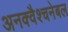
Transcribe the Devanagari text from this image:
अनक्वैश्चनेबल